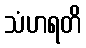
သံဟရတိ